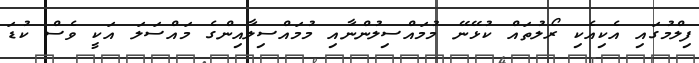
ފިލްމުގައި އެކިއެކި ރޯލުތައް ކުޅޭނޭ މުމައްސިލުންނާއި މުމައްސިލާއިންގެ މައްސަލަ އަކީ ވެސް ކުޑަ